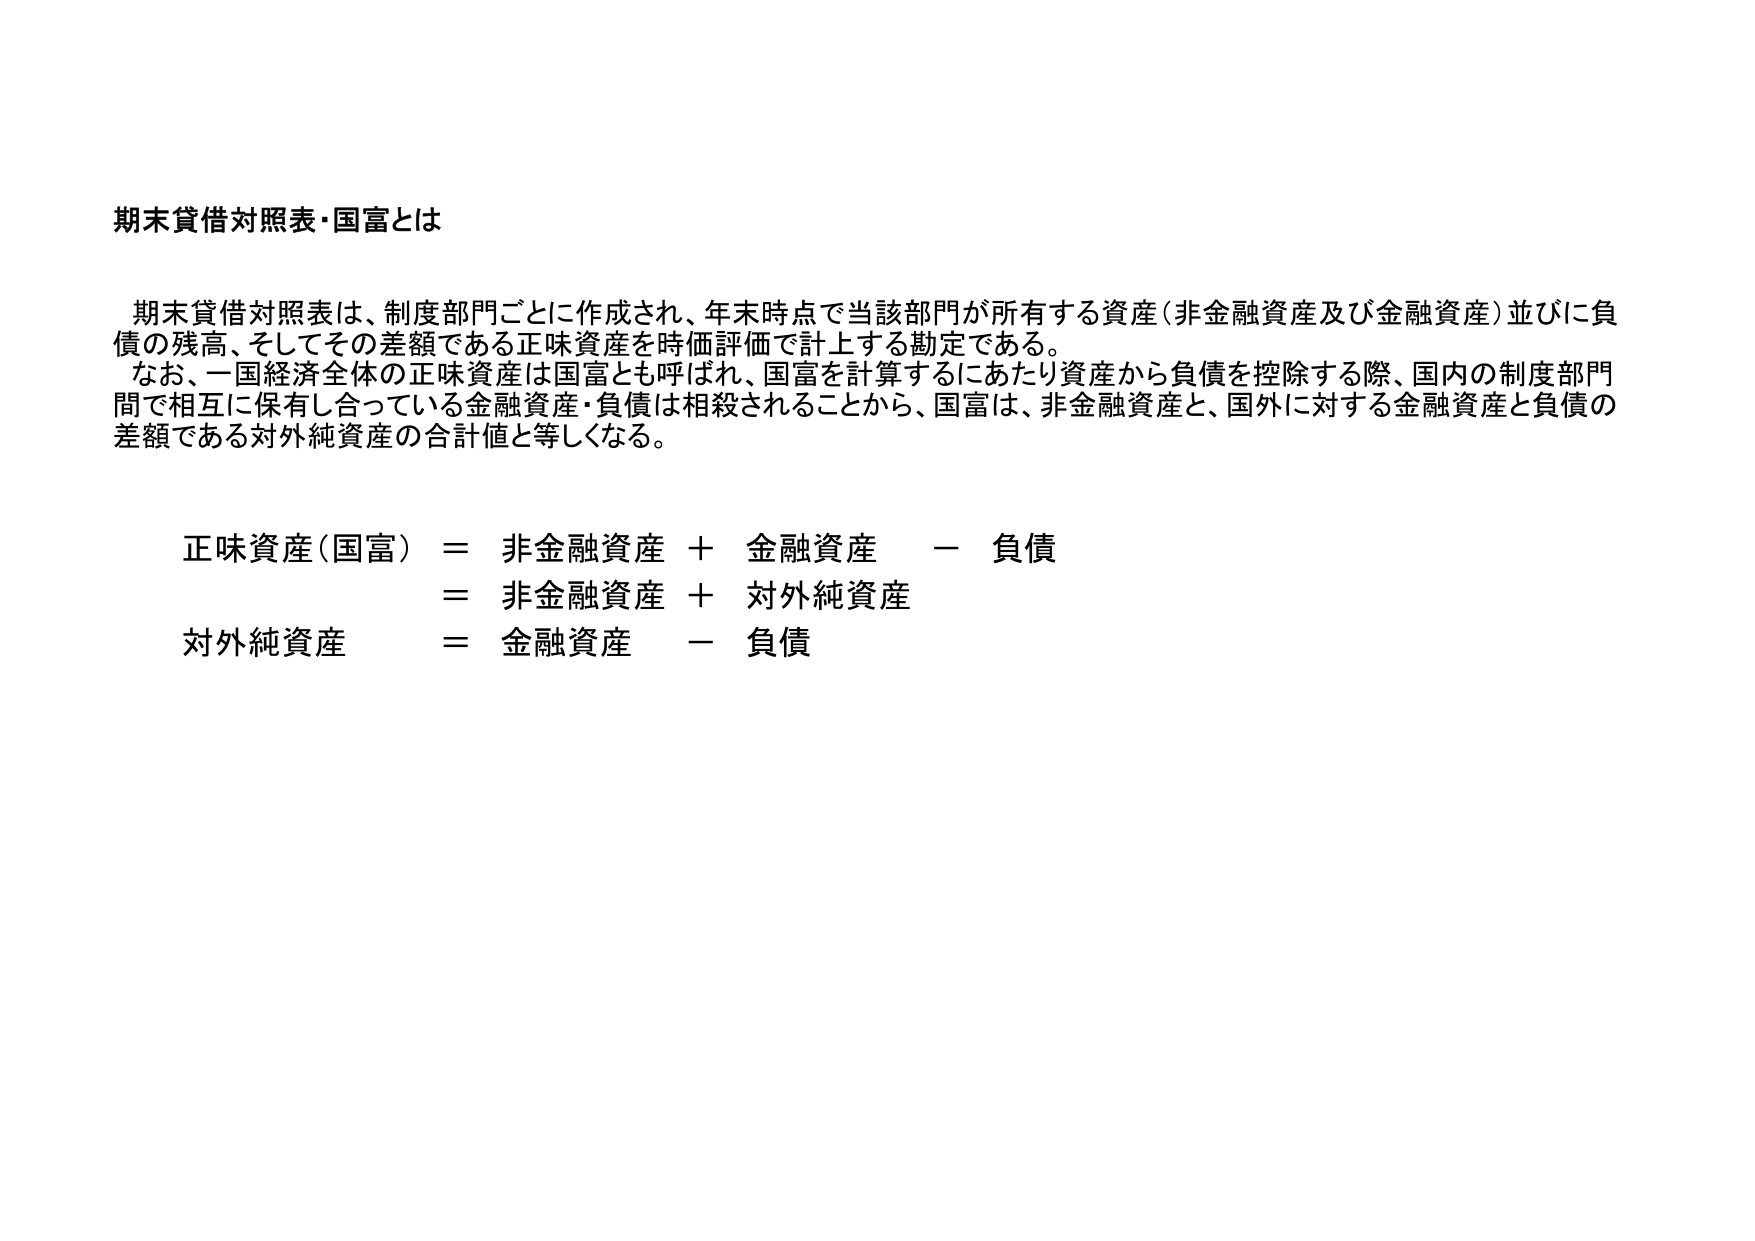
期末貸借対照表・国富とは

期末貸借対照表は、制度部門ごとに作成され、年末時点で当該部門が所有する資産（非金融資産及び金融資産）並びに負債の残高、そしてその差額である正味資産を時価評価で計上する勘定である。
なお、一国経済全体の正味資産は国富とも呼ばれ、国富を計算するにあたり資産から負債を控除する際、国内の制度部門間で相互に保有し合っている金融資産・負債は相殺されることから、国富は、非金融資産と、国外に対する金融資産と負債の差額である対外純資産の合計値と等しくなる。

正味資産（国富） ＝ 非金融資産 ＋ 金融資産 － 負債
　　　　　　　　＝ 非金融資産 ＋ 対外純資産
対外純資産　　　＝ 金融資産 － 負債